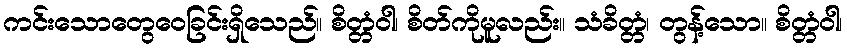
ကင်းသောတွေဝေခြင်းရှိသေည်။ စိတ္တံဝါ၊ စိတ်ကိုမူလည်း။ သံခိတ္တံ၊ တွန့်သော။ စိတ္တံဝါ၊